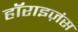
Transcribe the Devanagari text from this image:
हॉराइज़ंस